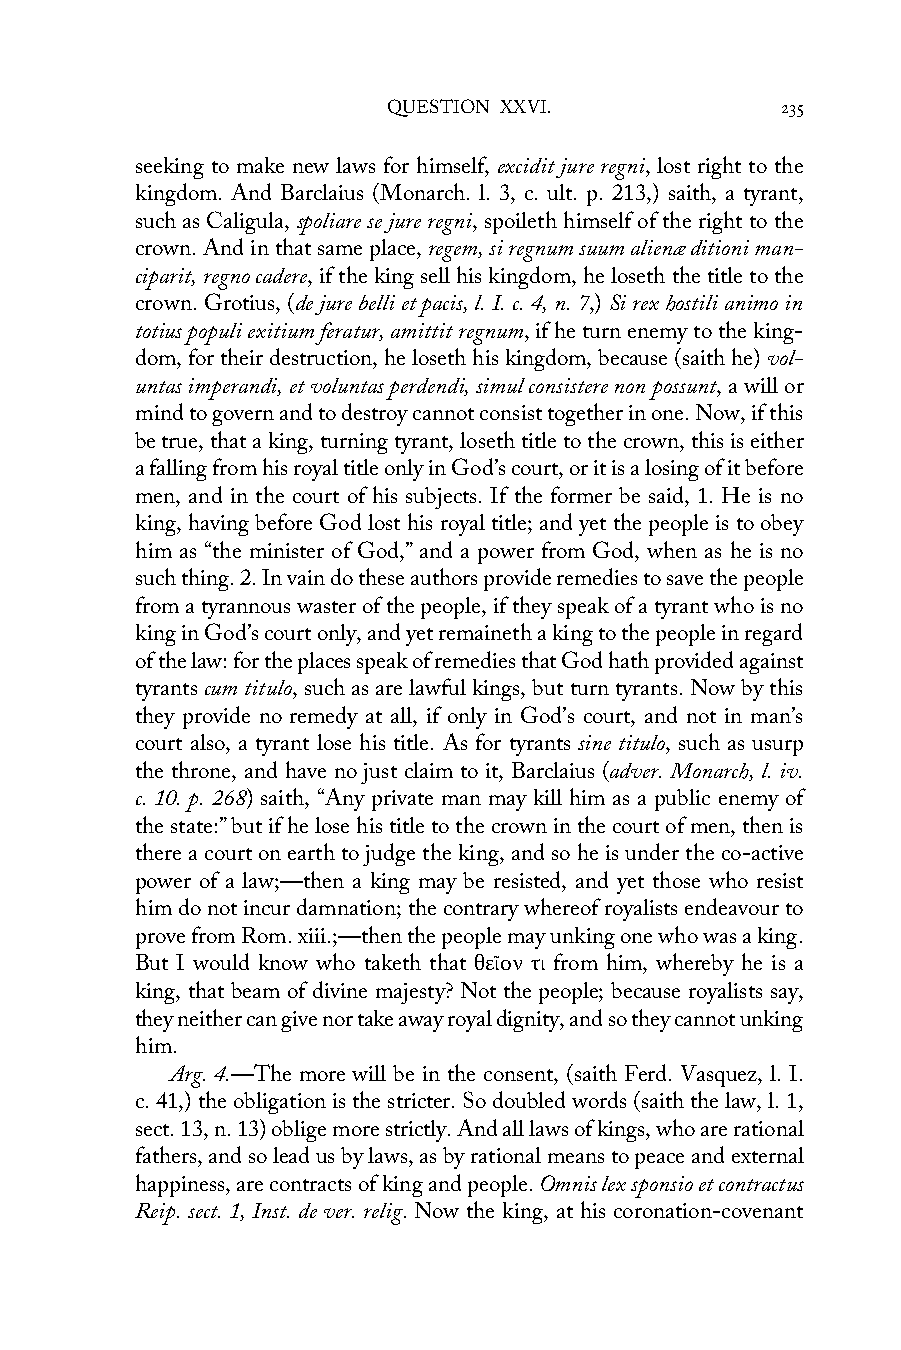
QUESTION XXVI.            235
 seeking to make new laws for himself, excidit jure regni, lost right to the
 kingdom. And Barclaius (Monarch. l. 3, c. ult. p. 213,) saith, a tyrant,
 such as Caligula, spoliare se jure regni, spoileth himself of the right to the
 crown. And in that same place, regem, si regnum suum alienæ ditioni man-
 ciparit, regno cadere, if the king sell his kingdom, he loseth the title to the
 crown. Grotius, (de jure belli et pacis, l. I. c. 4, n. 7,) Si rex hostili animo in
 totius populi exitium feratur, amittit regnum, if he turn enemy to the king-
 dom, for their destruction, he loseth his kingdom, because (saith he) vol-
 untas imperandi, et voluntas perdendi, simul consistere non possunt, a will or
 mind to govern and to destroy cannot consist together in one. Now, if this
 be true, that a king, turning tyrant, loseth title to the crown, this is either
 a falling from his royal title only in God’s court, or it is a losing of it before
 men, and in the court of his subjects. If the former be said, 1. He is no
 king, having before God lost his royal title; and yet the people is to obey
 him as “the minister of God,” and a power from God, when as he is no
 such thing. 2. In vain do these authors provide remedies to save the people
 from a tyrannous waster of the people, if they speak of a tyrant who is no
 king in God’s court only, and yet remaineth a king to the people in regard
 of the law: for the places speak of remedies that God hath provided against
 tyrants cum titulo, such as are lawful kings, but turn tyrants. Now by this
 they provide no remedy at all, if only in God’s court, and not in man’s
 court also, a tyrant lose his title. As for tyrants sine titulo, such as usurp
 the throne, and have no just claim to it, Barclaius (adver. Monarch, l. iv.
 c. 10. p. 268) saith, “Any private man may kill him as a public enemy of
 the state:” but if he lose his title to the crown in the court of men, then is
 there a court on earth to judge the king, and so he is under the co-active
 power of a law;—then a king may be resisted, and yet those who resist
 him do not incur damnation; the contrary whereof royalists endeavour to
 prove from Rom. xiii.;—then the people may unking one who was a king.
 But I would know who taketh that θεῖον τι from him, whereby he is a
 king, that beam of divine majesty? Not the people; because royalists say,
 they neither can give nor take away royal dignity, and so they cannot unking
 him.
 Arg. 4.—The more will be in the consent, (saith Ferd. Vasquez, l. I.
 c. 41,) the obligation is the stricter. So doubled words (saith the law, l. 1,
 sect. 13, n. 13) oblige more strictly. And all laws of kings, who are rational
 fathers, and so lead us by laws, as by rational means to peace and external
 happiness, are contracts of king and people. Omnis lex sponsio et contractus
 Reip. sect. 1, Inst. de ver. relig. Now the king, at his coronation-covenant